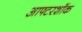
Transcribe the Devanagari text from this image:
आफ्टरशॉक